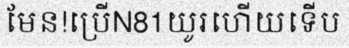
មែន!ប្រើN81យូរហើយទើប